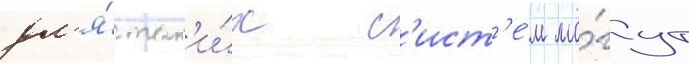
дл'я́ так'и́х с'ист'е́м мо́гут